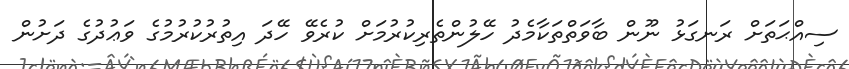
ސިއްޙަތަށް ރަނގަޅު ނޫން ބާވަތްތަކާމެދު ހޭލުންތެރިކުރުމަށް ކުރެވޭ ހޭދަ އިތުރުކުރުމުގެ ވަޢުދުގެ ދަށުން